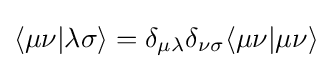
\langle \mu \nu |\lambda \sigma \rangle =\delta _{\mu \lambda }\delta _{\nu \sigma }\langle \mu \nu |\mu \nu \rangle